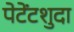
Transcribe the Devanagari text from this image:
पेटेंटशुदा